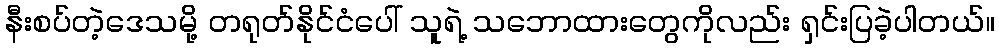
နီးစပ်တဲ့ဒေသမို့ တရုတ်နိုင်ငံပေါ် သူရဲ့ သဘောထားတွေကိုလည်း ရှင်းပြခဲ့ပါတယ်။